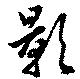
影